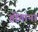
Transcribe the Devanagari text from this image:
होतानां